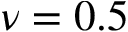
\nu = 0 . 5